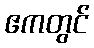
ဧကတွင်